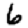
Digit: 6